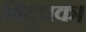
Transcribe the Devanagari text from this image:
विदूषक।